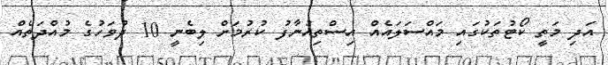
އަދި މަތީ ކޯޓުތަކުގައި މައްސަލައެއް އިސްތިއުނާފު ކުރުމަށް ލިބެނީ 10 ދުވަހުގެ މުއްދަތެއް